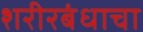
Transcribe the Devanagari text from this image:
शरीरबंधाचा